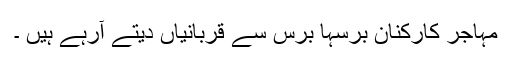
مہاجر کارکنان برسہا برس سے قربانیاں دیتے آرہے ہیں ۔